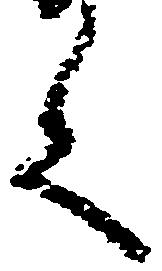
言